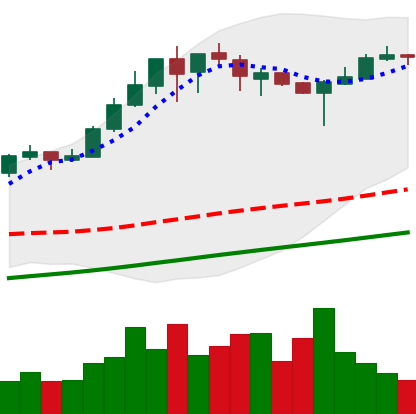
Ticker: BTC-USD
Chart end date: 2017-08-26
Forward return: 8.064%
Label: up_7plus